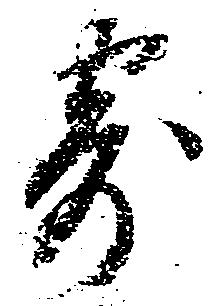
寄